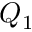
Q _ { 1 }